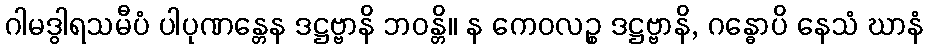
ဂါမဒွါရသမီပံ ပါပုဏန္တေန ဒဋ္ဌဗ္ဗာနိ ဘဝန္တိ။ န ကေဝလဉ္စ ဒဋ္ဌဗ္ဗာနိ, ဂန္ဓောပိ နေသံ ဃာနံ